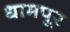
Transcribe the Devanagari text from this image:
धामपूर